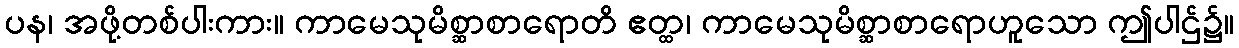
ပန၊ အဖို့တစ်ပါးကား။ ကာမေသုမိစ္ဆာစာရောတိ ဧတ္ထ၊ ကာမေသုမိစ္ဆာစာရောဟူသော ဤပါဌ်၌။